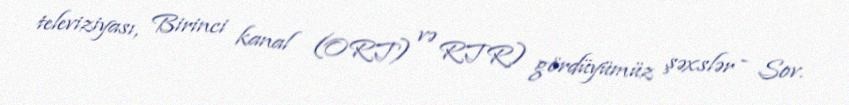
televiziyası, Birinci kanal (ORT) və RTR) gördüyümüz şəxslər - Sov.